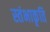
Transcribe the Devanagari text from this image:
स्तंभाकृति